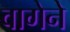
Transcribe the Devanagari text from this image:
वागेने